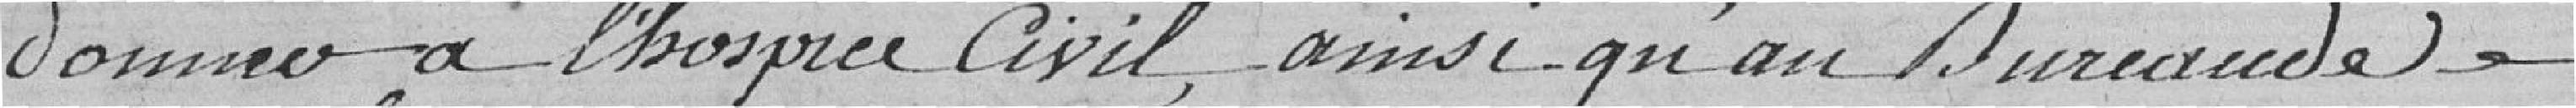
donner à l'hospice civil, ainsi qu'au Bureau de